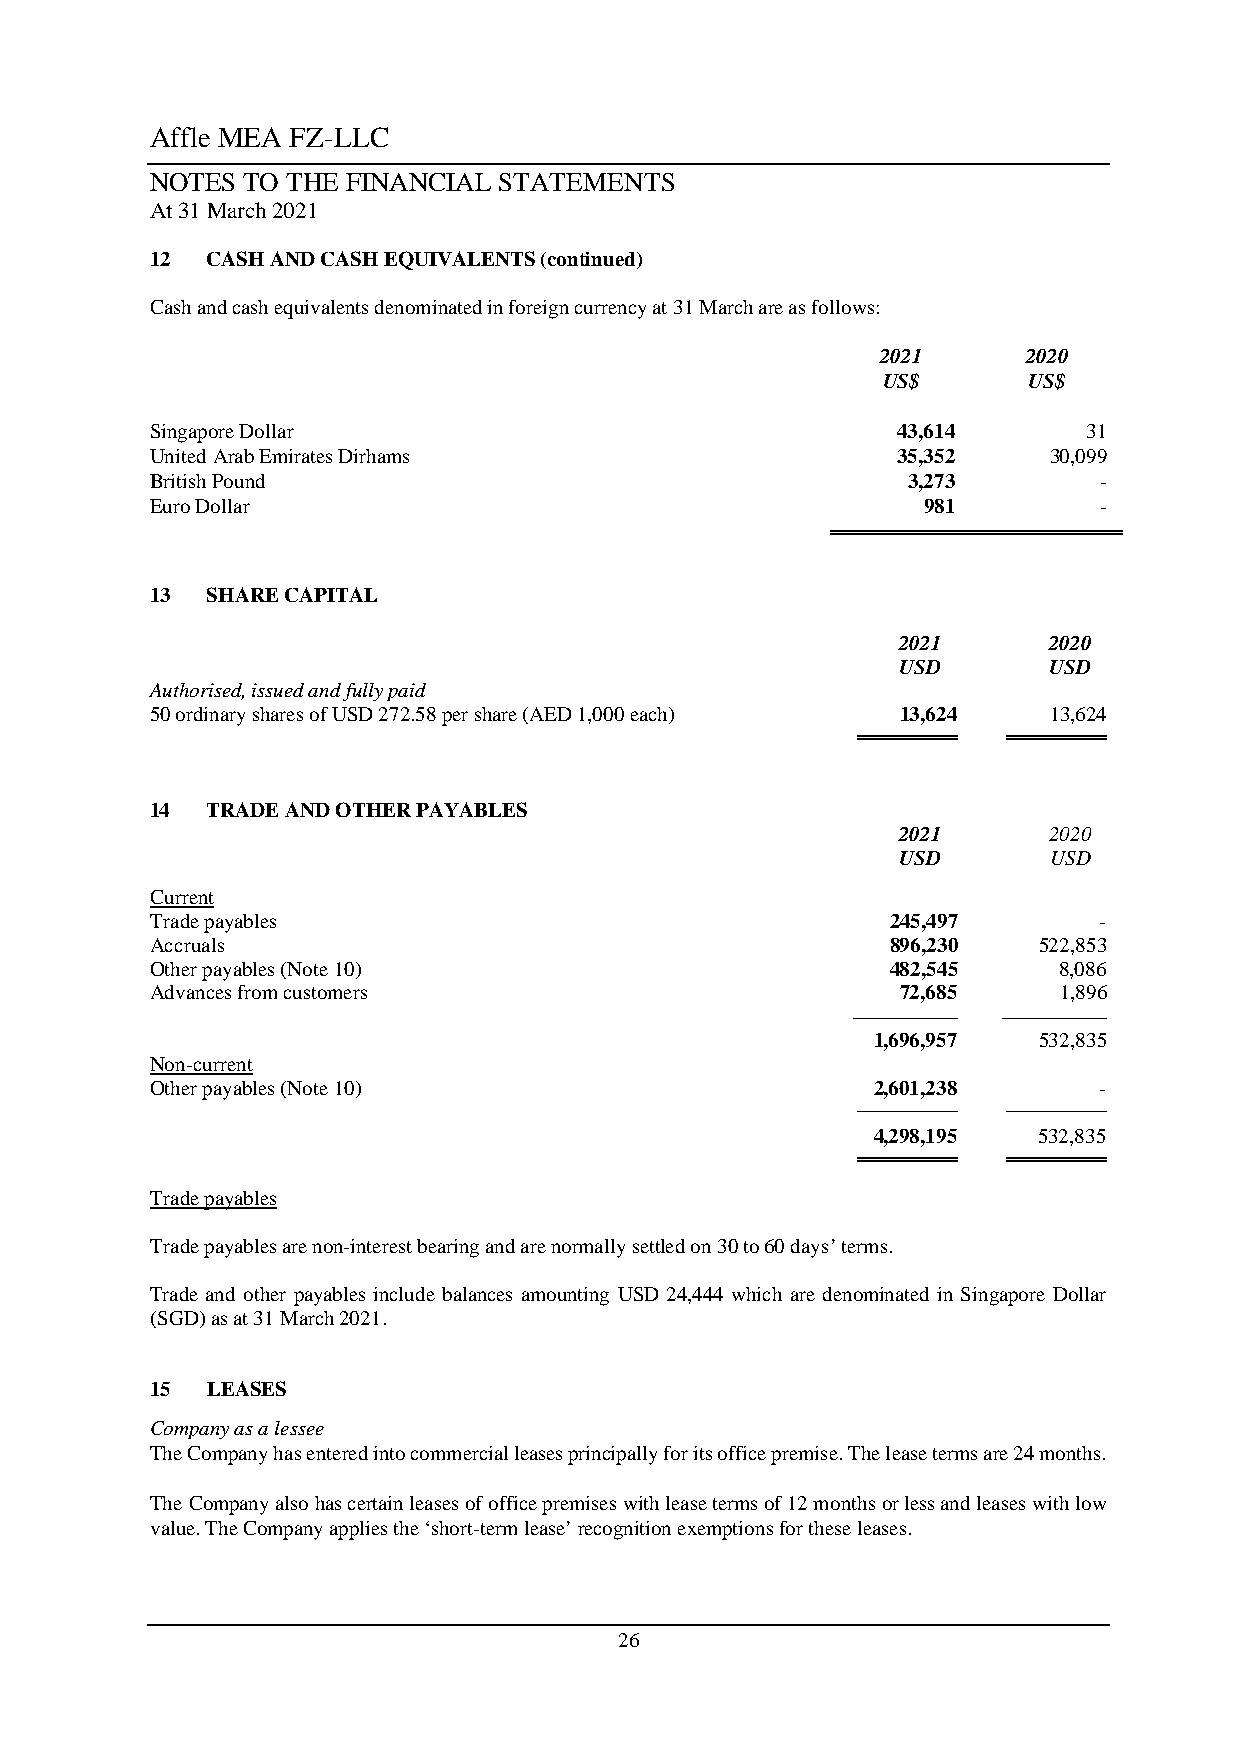
Affle MEA FZ-LLC
 NOTES TO THE FINANCIAL STATEMENTS
 At 31 March 2021
 12  CASH AND CASH EQUIVALENTS (continued)
 Cash and cash equivalents denominated in foreign currency at 31 March are as follows:
 2021      2020
 US$       US$
 Singapore Dollar                                 43,614       31
 United Arab Emirates Dirhams                     35,352    30,099
 British Pound                                     3,273        -
 Euro Dollar                                        981         -
 13  SHARE CAPITAL
 2021      2020
 USD       USD
 Authorised, issued and fully paid
 50 ordinary shares of USD 272.58 per share (AED 1,000 each) 13,624 13,624
 ════════  ════════
 14  TRADE AND OTHER PAYABLES
 2021      2020
 USD       USD
 Current
 Trade payables                                   245,497       -
 Accruals                                         896,230   522,853
 Other payables (Note 10)                         482,545    8,086
 Advances from customers                           72,685    1,896
 —————     —————
 1,696,957  532,835
 Non-current
 Other payables (Note 10)                        2,601,238      -
 ────────  ────────
 4,298,195  532,835
 ════════  ════════
 Trade payables
 Trade payables are non-interest bearing and are normally settled on 30 to 60 days’ terms.
 Trade and other payables include balances amounting USD 24,444 which are denominated in Singapore Dollar
 (SGD) as at 31 March 2021.
 15  LEASES
 Company as a lessee
 The Company has entered into commercial leases principally for its office premise. The lease terms are 24 months.
 The Company also has certain leases of office premises with lease terms of 12 months or less and leases with low
 value. The Company applies the ‘short-term lease’ recognition exemptions for these leases.
 26